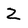
Character: Z